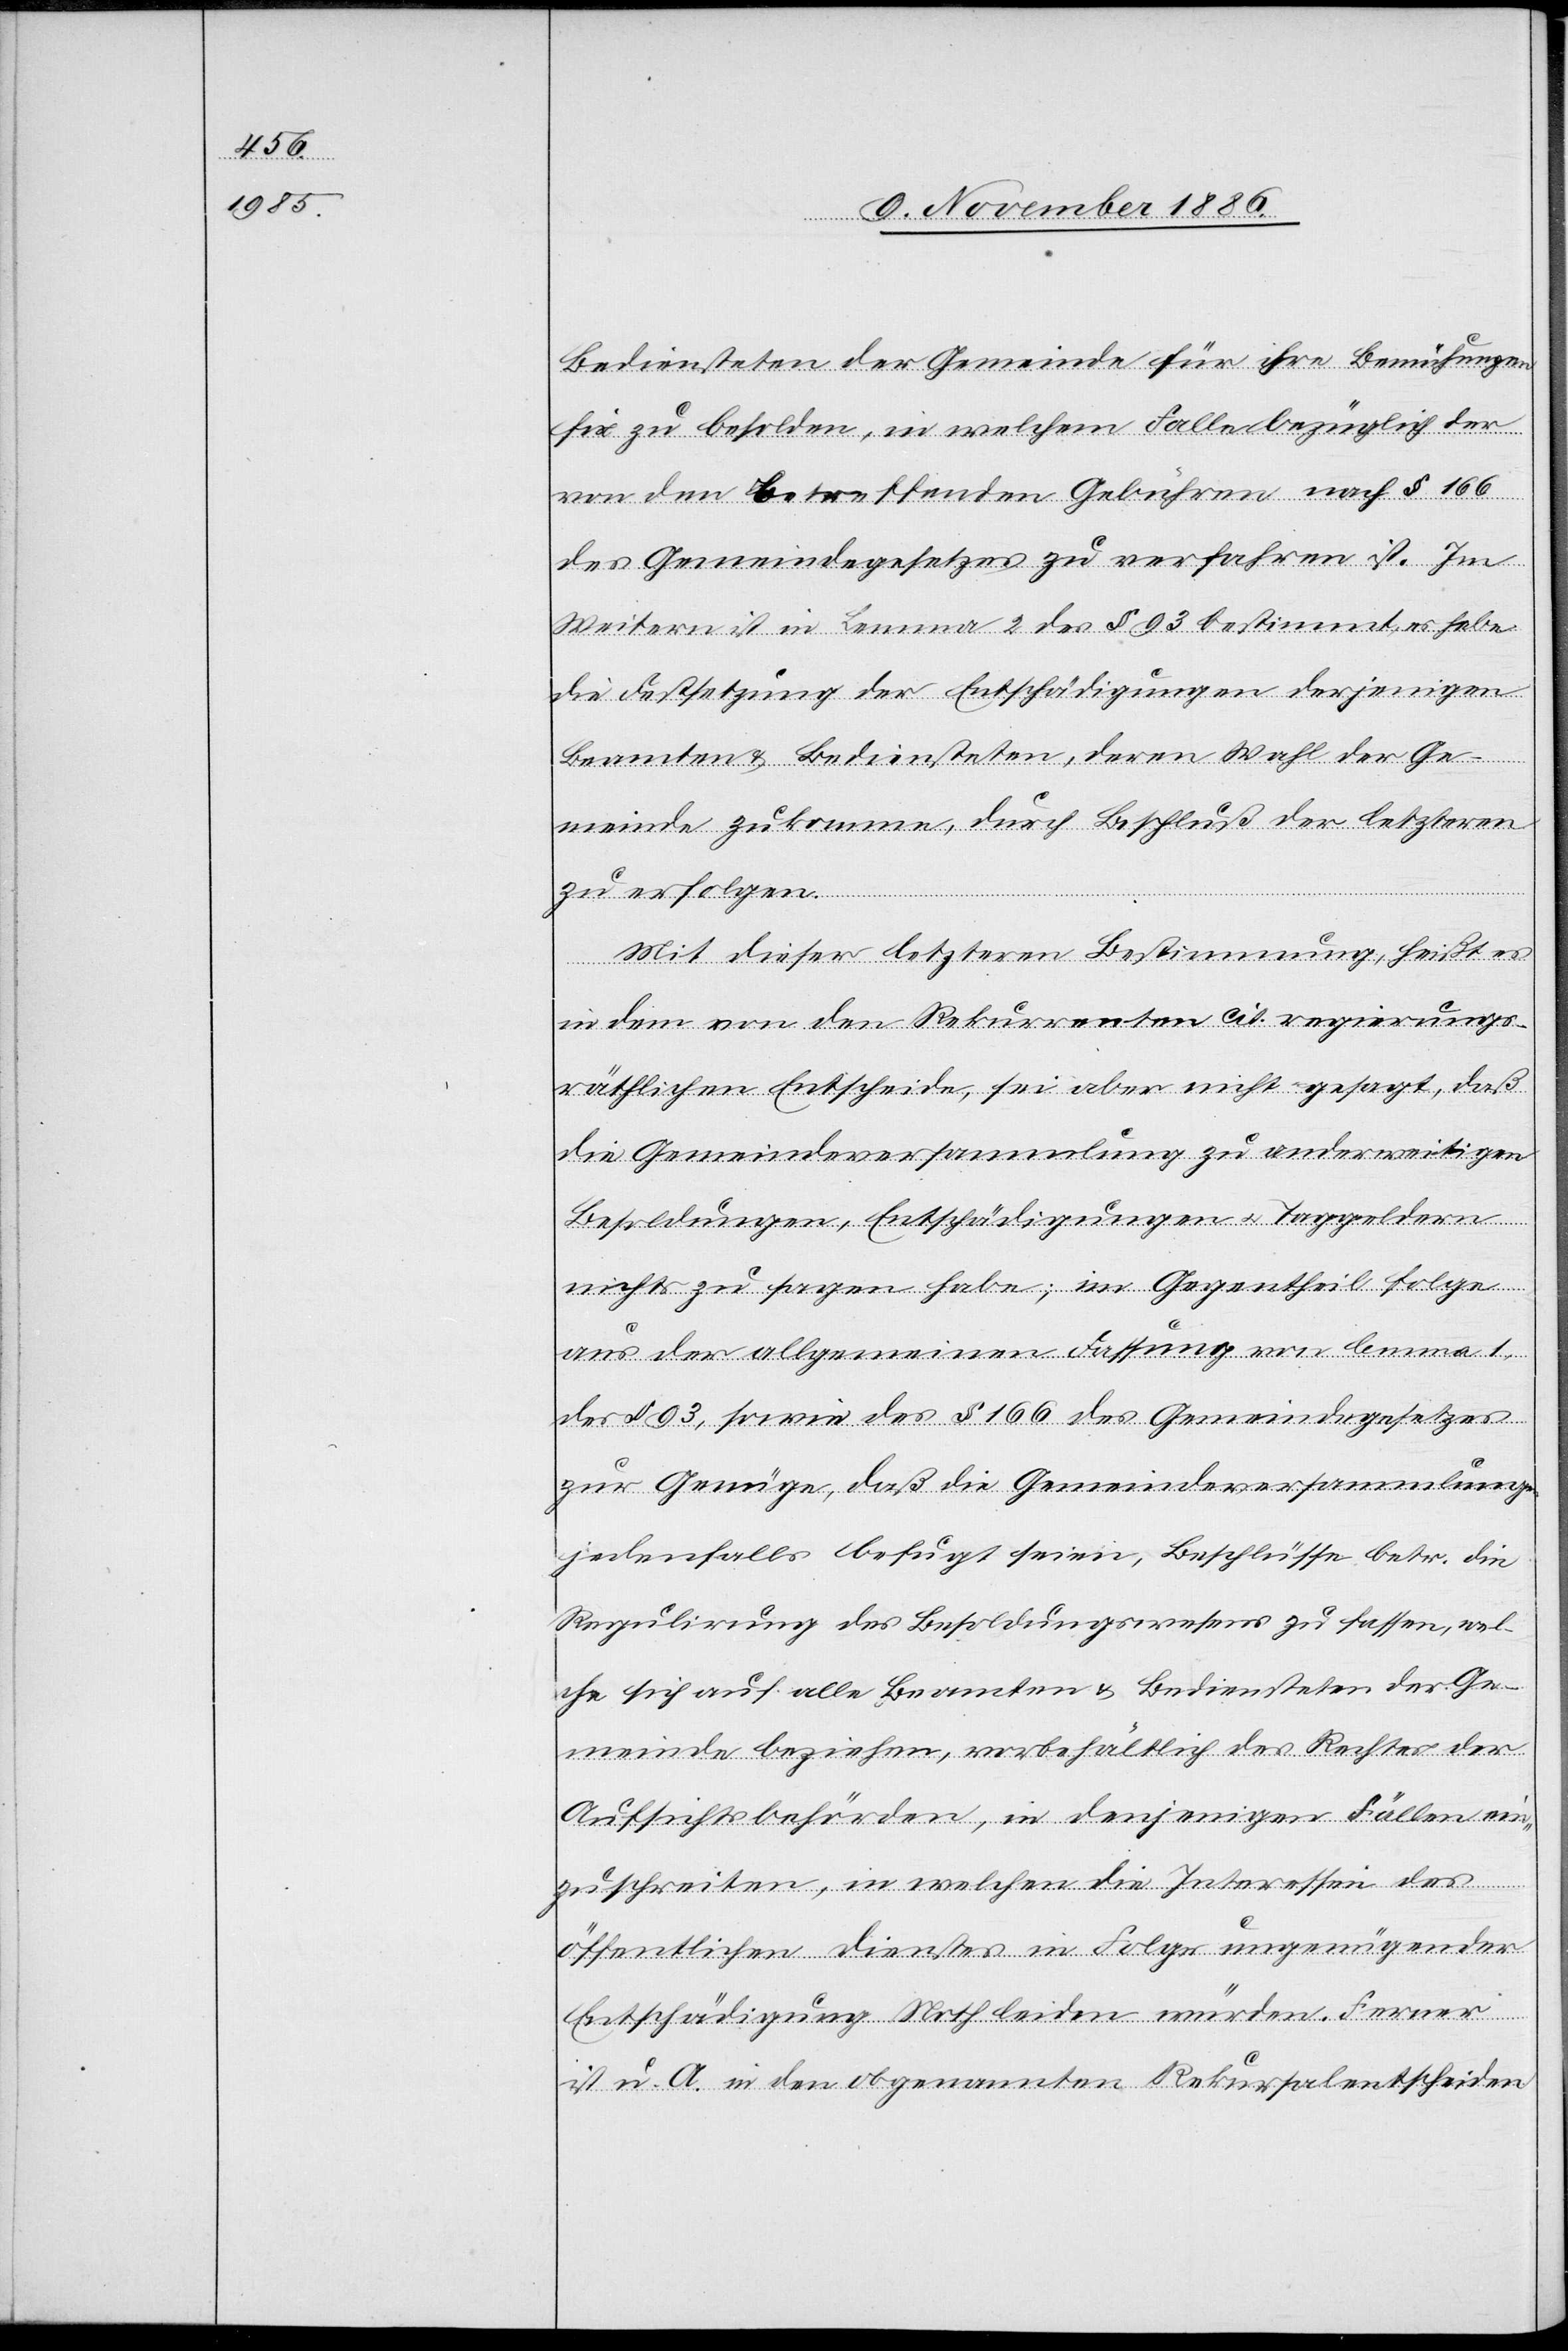
Bediensteten der Gemeinde für ihre Bemühungen
fix zu besolden, in welchem Falle bezüglich der
von den betreffenden Gebühren nach § 166
des Gemeindegesetzes zu verfahren ist. Im
Weitern ist in Lemma 2 des § 93 bestimmt, es habe
die Festsetzung der Entschädigungen derjenigen
Beamten & Bediensteten, deren Wahl der Ge¬
meinde zukomme, durch Beschluß der letzteren
zu erfolgen.
Mit dieser letzteren Bestimmung, heißt es
in dem von den Rekurrenten cit. regierungs¬
räthlichen Entscheide, sei aber nicht gesagt, daß
die Gemeindeversammlung zu anderweitigen
Besoldungen, Entschädigungen & Taggeldern
nichts zu sagen habe; im Gegentheil folge
aus der allgemeinen Fassung von lemma 1,
des § 93, sowie des § 166 des Gemeindegesetzes
zur Genüge, daß die Gemeindeversammlungen
jedenfalls befugt seien, Beschlüsse betr. die
Regulirung des Besoldungswesens zu fassen, wel¬
che sich auf alle Beamten & Bediensteten der Ge¬
meinde beziehen, vorbehältlich des Rechtes der
Aufsichtsbehörden, in denjenigen Fällen ein¬
zuschreiten, in welchen die Interessen des
öffentlichen Dienstes in Folge ungenügender
Entschädigung Noth leiden würden. Ferner
ist u. A. in den obgenannten Rekursalentscheiden